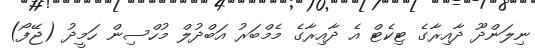
ނިލަންދޫ ދާއިރާގެ ޓިކެޓް އެ ދާއިރާގެ މެމްބަރު އަބްދުލް މުހްސިން ހަމީދު (ޖޭފޯ)